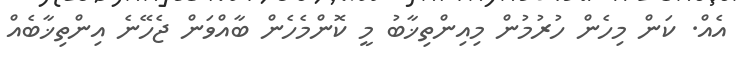
އެއް. ކަން މިހެން ހުރުމުން މިއިންތިޚާބު މީ ކޮންމެހެން ބާއްވަން ޖެހޭނެ އިންތިޚާބެއް